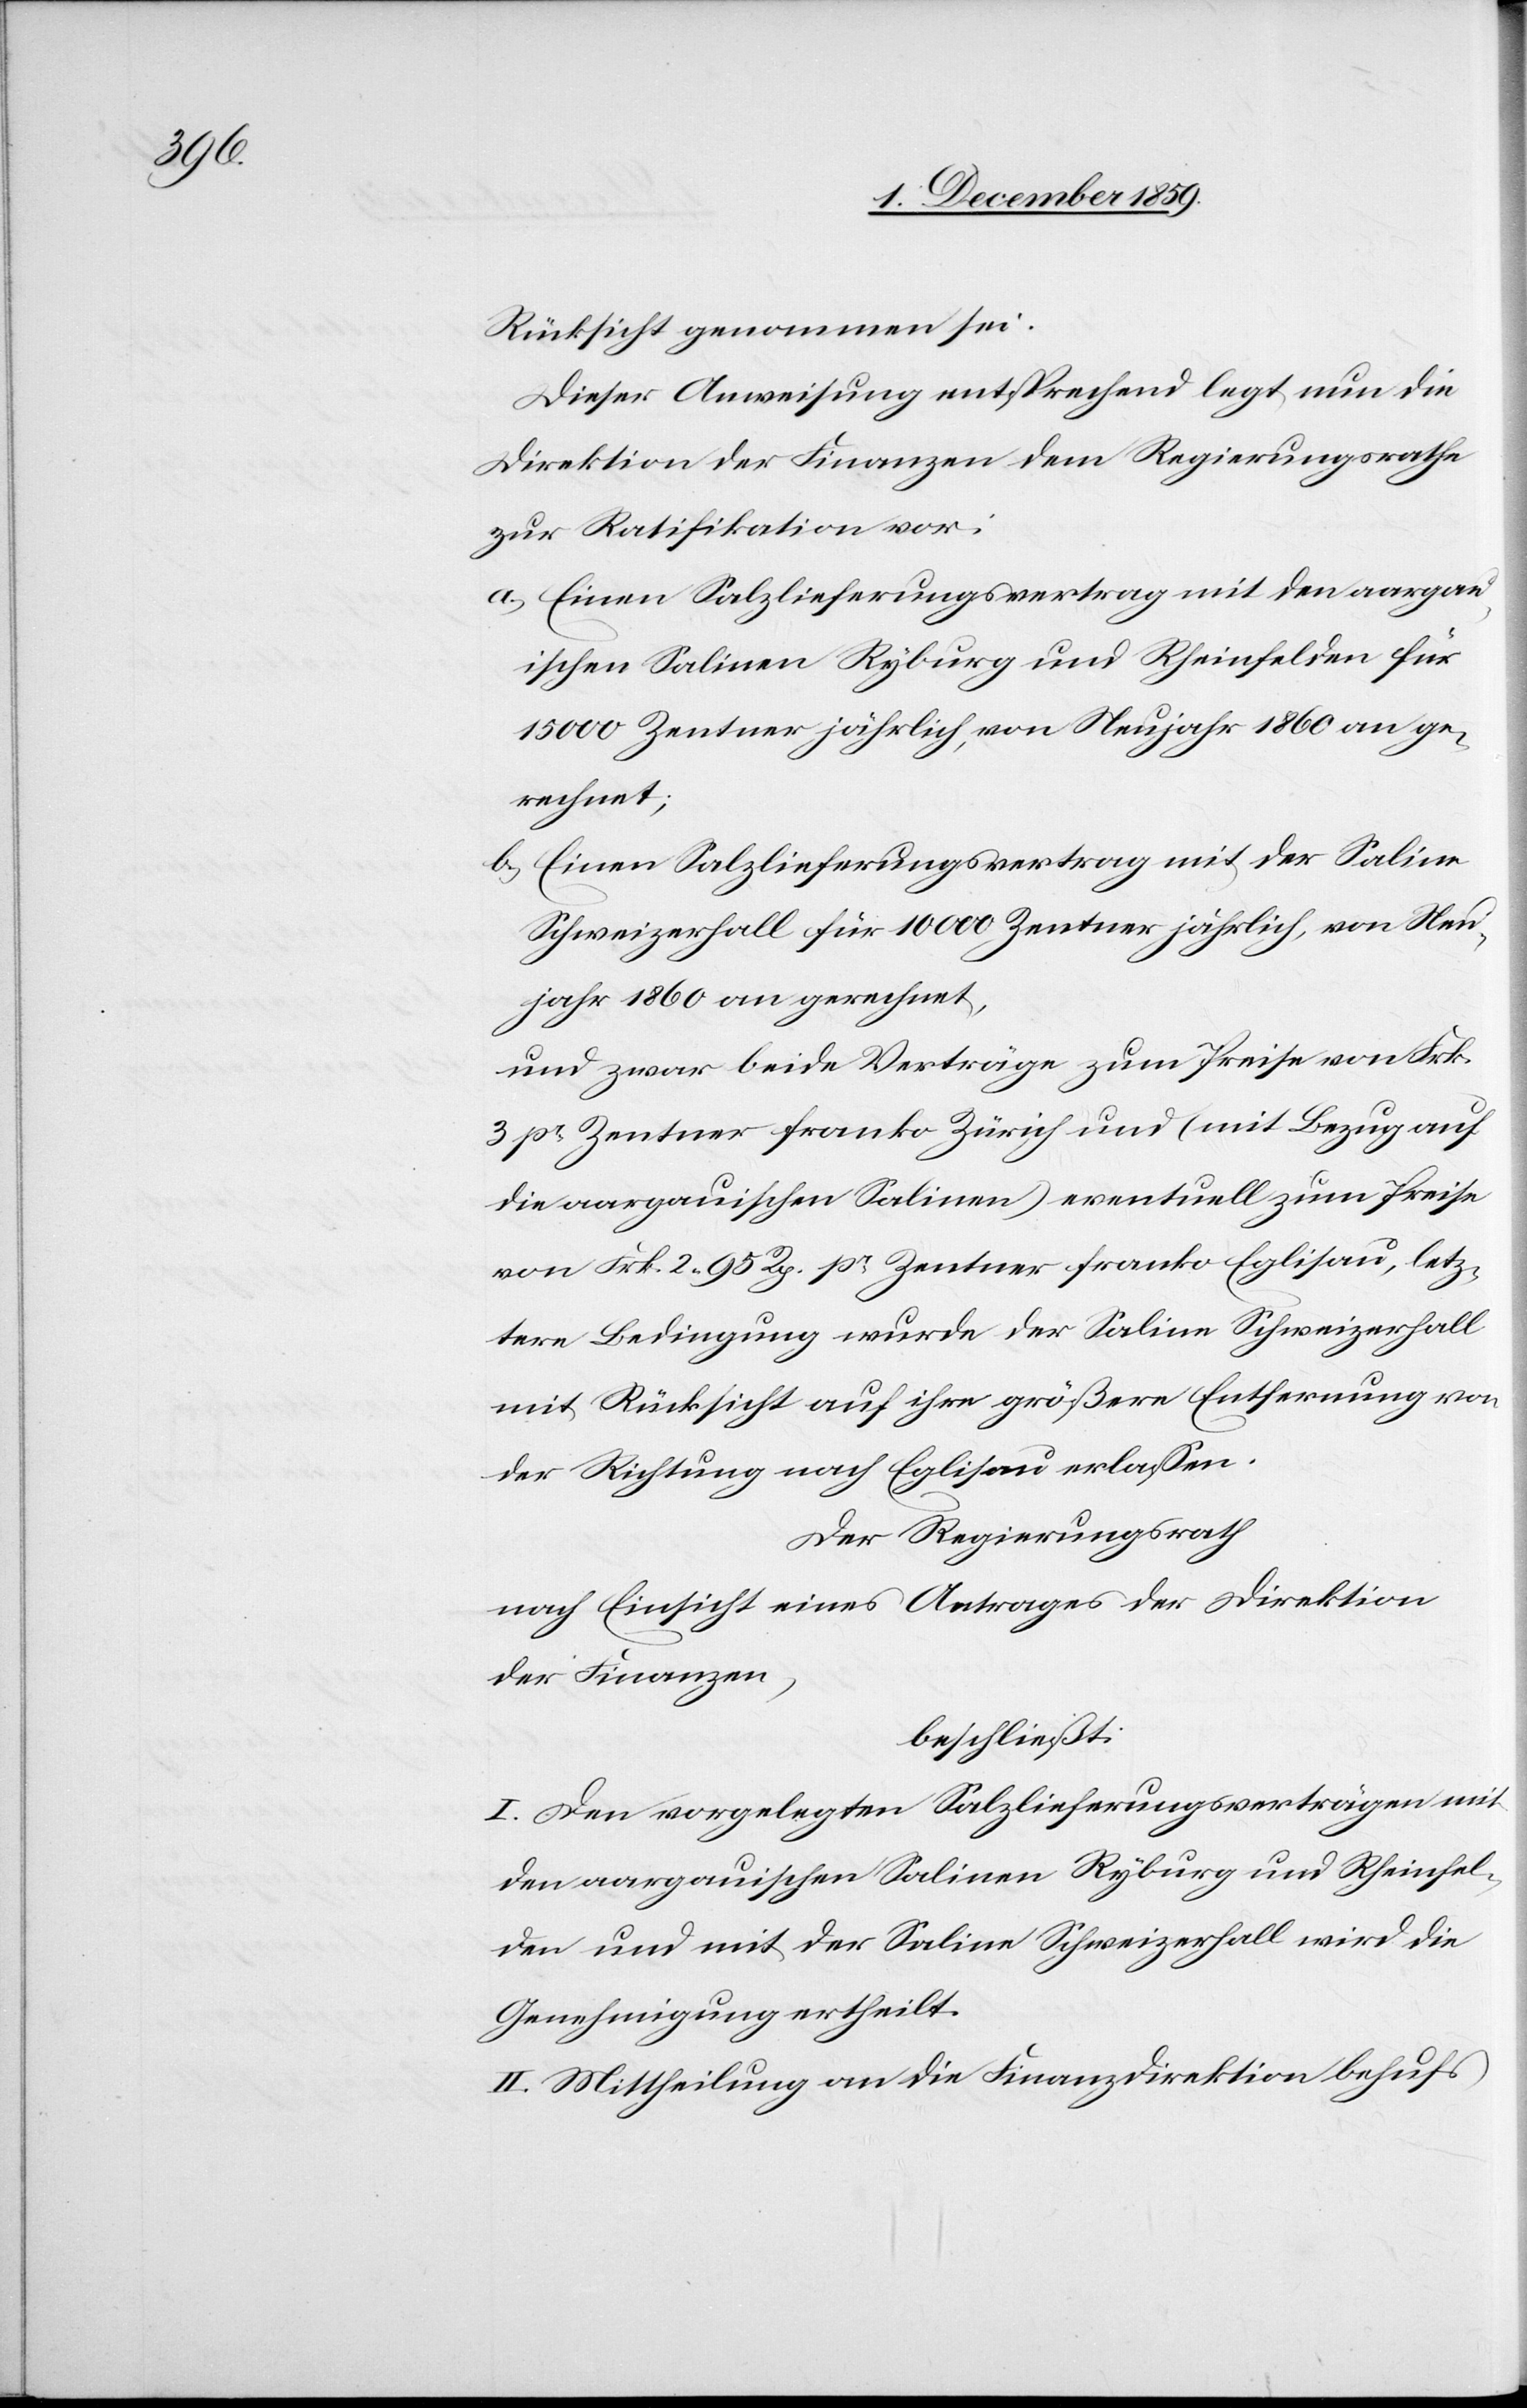
Rücksicht genommen sei.
Dieser Anweisung entsprechend legt nun die
Direktion der Finanzen dem Regierungsrathe
zur Ratifikation vor:
a) Einen Salzlieferungsvertrag mit den aargau¬
ischen Salinen Ryburg und Rheinfelden für
15000 Zentner jährlich, von Neujahr 1860 an ge¬
rechnet;
b) Einen Salzlieferungsvertrag mit der Saline
Schweizerfall für 10000 Zentner jährlich, von Neu¬
jahr 1860 an gerechnet,
und zwar beide Verträge zum Preise von Frk.
3 pr Zentner franko Zürich und (mit Bezug auf
die aargauische Saline) eventuell zum Preise
von Frk. 2 95 Rp. pr Zentner franko Eglisau, letz¬
tere Bedingung wurde der Saline Schweizerfall
mit Rücksicht auf ihre größere Entfernung von
der Richtung nach Eglisau erlassen.
Der Regierungsrath
nach Einsicht eines Antrages der Direktion
der Finanzen,
beschließt:
I. Den vorgelegten Salzlieferungsverträgen mit
den aargauischen Salinen Ryburg und Rheinfel¬
den und mit der Saline Schweizerfall wird die
Genehmigung ertheilt.
II. Mittheilung an die Finanzdirektion behufs